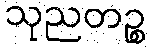
သုညတဉ္စ